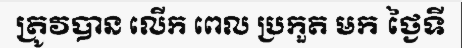
ត្រូវបាន លើក ពេល ប្រកួត មក ថ្ងៃទី